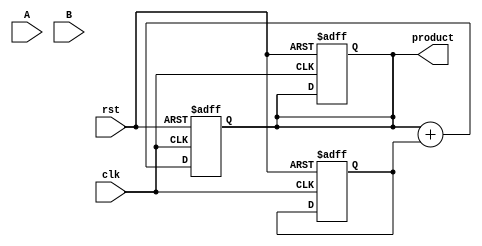
module pipelined_sliced_multiplier #(parameter A_WIDTH = 16,       // Width of multiplicand
                                     parameter B_WIDTH = 16,       // Width of multiplier
                                     parameter SLICE_WIDTH = 4,     // Width of slices
                                     parameter NUM_SLICES = (A_WIDTH / SLICE_WIDTH) + (B_WIDTH / SLICE_WIDTH)) // Number of slices
  (
    input wire clk,
    input wire rst,
    input wire [A_WIDTH-1:0] A,   // Multiplicand
    input wire [B_WIDTH-1:0] B,   // Multiplier
    output reg [A_WIDTH + B_WIDTH - 1:0] product // Final product
  );

  // Intermediate signals
  reg [A_WIDTH-1:0] A_reg [0:NUM_SLICES-1]; // Registered slices of A
  reg [B_WIDTH-1:0] B_reg [0:NUM_SLICES-1]; // Registered slices of B
  reg [A_WIDTH + B_WIDTH - 1:0] partial_products [0:NUM_SLICES-1]; // Intermediate partial products

  // Register the inputs
  integer i;
  always @(posedge clk or posedge rst) begin
    if (rst) begin
      // Reset logic
      for (i = 0; i < NUM_SLICES; i = i + 1) begin
        A_reg[i] <= 0;
        B_reg[i] <= 0;
        partial_products[i] <= 0;
      end
      product <= 0;
    end else begin
      // Shift the input slices into the registers
      for (i = NUM_SLICES-1; i > 0; i = i - 1) begin
        A_reg[i] <= A_reg[i-1];
        B_reg[i] <= B_reg[i-1];
      end
      A_reg[0] <= A;
      B_reg[0] <= B;

      // Generate partial products for current slices
      for (i = 0; i < NUM_SLICES; i = i + 1) begin
        if (i < (A_WIDTH / SLICE_WIDTH) && i < (B_WIDTH / SLICE_WIDTH)) begin
          partial_products[i] <= A_reg[i] * B_reg[i];
        end
      end
    end
  end

  // Adder tree to sum the partial products (simple tree structure, optimizations may be needed)
  always @(posedge clk or posedge rst) begin
    if (rst) begin
      product <= 0;
    end else begin
      product <= 0; // Reset product
      for (i = 0; i < NUM_SLICES; i = i + 1) begin
        product <= product + partial_products[i]; // Accumulate partial products
      end
    end
  end

endmodule